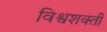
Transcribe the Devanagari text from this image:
विश्वशक्ती